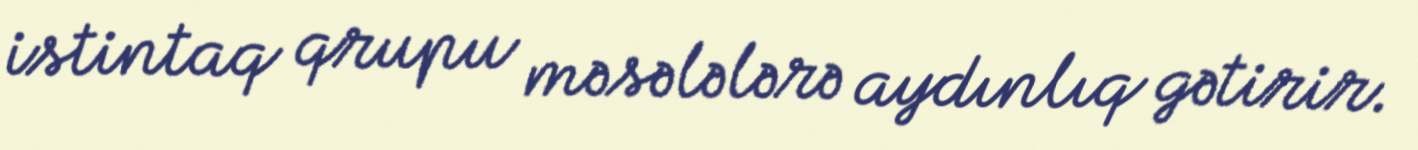
istintaq qrupu məsələlərə aydınlıq gətirir.